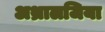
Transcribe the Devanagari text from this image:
अथ्रालजिया